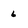
Character: 6